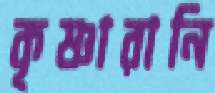
কৃষ্ণারানি